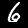
Label: 6